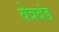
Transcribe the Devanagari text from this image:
वेत्रदंड